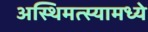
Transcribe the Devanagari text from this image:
अस्थिमत्स्यामध्ये